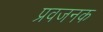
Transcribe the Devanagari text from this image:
प्रवजनक